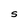
Character: S